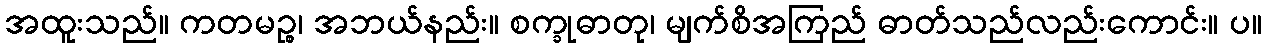
အထူးသည်။ ကတမဉ္စ၊ အဘယ်နည်း။ စက္ခုဓာတု၊ မျက်စိအကြည် ဓာတ်သည်လည်းကောင်း။ ပ။